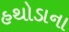
હથોડાના